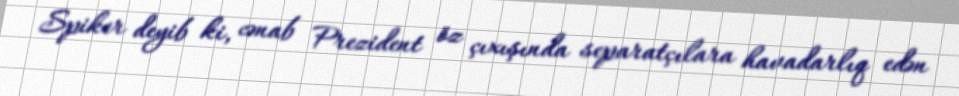
Spiker deyib ki, cənab Prezident öz çıxışında separatçılara havadarlıq edən